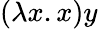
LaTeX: (\lambda x.x)y